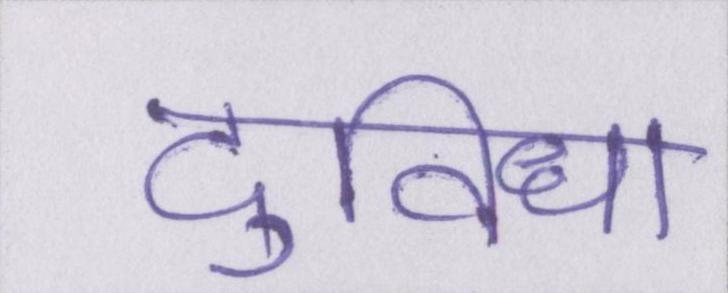
दुविधा